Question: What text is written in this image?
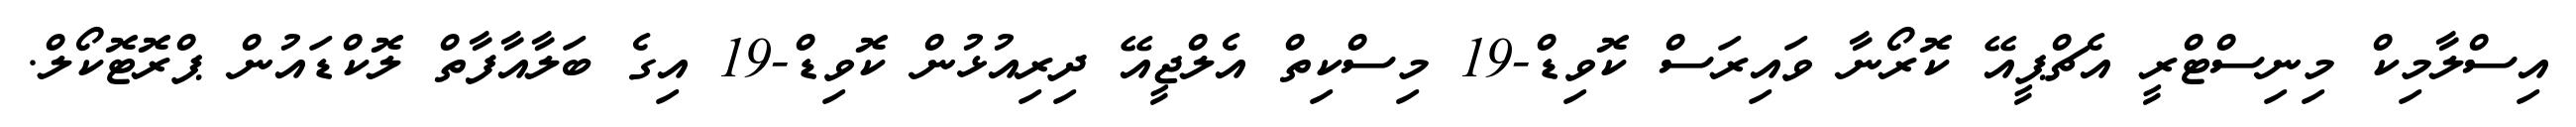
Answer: އިސްލާމިކް މިނިސްޓްރީ އެޗްޕީއޭ ކޮރޯނާ ވައިރަސް ކޮވިޑް-19 މިސްކިތް އެލްޖީއޭ ދިރިއުޅުން ކޮވިޑް-19 އިގެ ބަލާއާފާތް ލޮކްޑައުން ޕްރޮޓޮކޯލް.